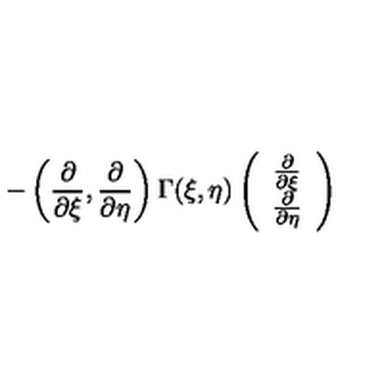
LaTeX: - \left( \frac { \partial } { \partial \xi } , \frac { \partial } { \partial \eta } \right) \Gamma ( \xi , \eta ) \left( \begin{array} { c } { \frac { \partial } { \partial \xi } } \\ { \frac { \partial } { \partial \eta } } \\ \end{array} \right)